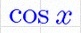
\cos x